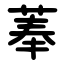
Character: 菶